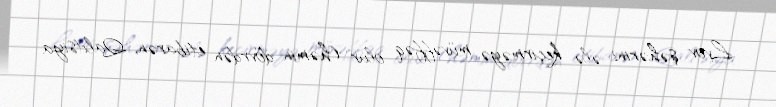
Lvov şəhərini ələ keçirməyə müvəffəq olur (həmin dövrdən etibarən, Qalitsiya